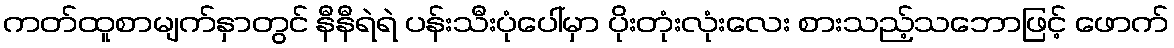
ကတ်ထူစာမျက်နှာတွင် နီနီရဲရဲ ပန်းသီးပုံပေါ်မှာ ပိုးတုံးလုံးလေး စားသည့်သဘောဖြင့် ဖောက်